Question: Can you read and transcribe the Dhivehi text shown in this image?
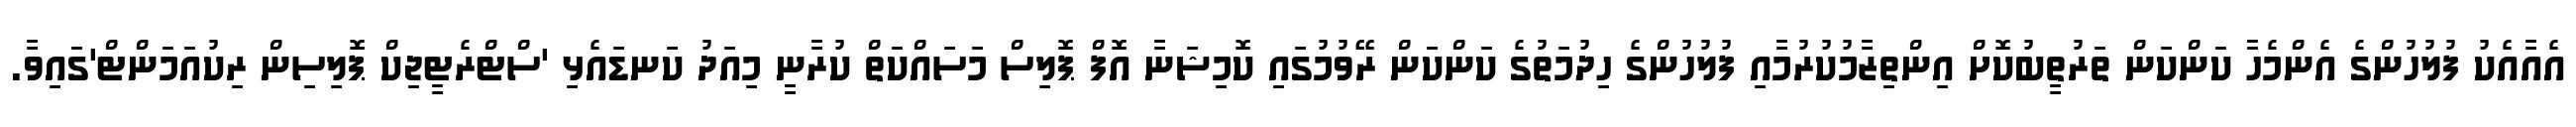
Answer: އެއާއެކު ފުލުހުންގެ އެންމެހާ ކަންކަން ތަރުތީބުކޮށް އިންތިޒާމުކުރުމާއި ފުލުހުންގެ ހިދުމަތުގެ ކަންކަން ރޭވުމުގައި ކޮމިޝަނާ އޮފް ޕޮލިސް މަސައްކަތް ކުރާނީ މިއަދު ކަނޑައެޅި 'ސްޓްރެޓީޖިކް ޕޮލިސިން ރިކުއަމަންޓް'ގައިވާ.